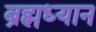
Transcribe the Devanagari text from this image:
ब्रह्मध्यान